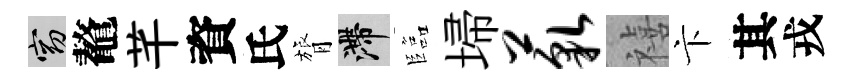
窈鼇芊資氏膂滯臨埽藐禧卞其戎